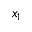
x _ { 1 }